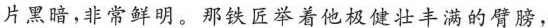
片黑暗，非常鲜明、那铁匠举着他极健壮丰满的臂膀，